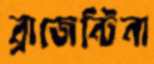
ব্রাজেন্টিনা